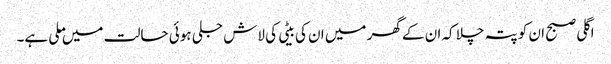
اگلی صبح ان کو پتہ چلا کہ ان کے گھر میں ان کی بیٹی کی لاش جلی ہوئی حالت میں ملی ہے۔